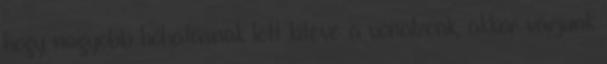
hogy nagyobb hőhatásnak lett kitéve a vonalzónk, akkor várjunk